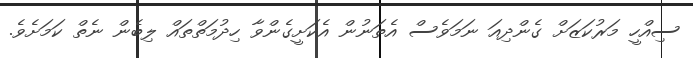
ސިއްހީ މަރުކަޒަށް ގެންދިއަ ނަމަވެސް އެތަނުން އެކަށީގެންވާ ހިދުމަތްތައް ލިބެން ނެތް ކަމަށެވެ.